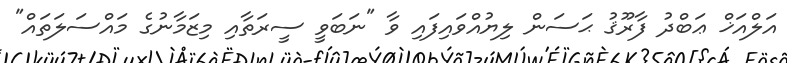
އަލްއަޚް ޢަބްދު ފާރޫޤު ޙަސަން ލިޔުއްވައިފައި ވާ "ނަބަވީ ސީރަތާއި މިޒަމާނުގެ މައްސަލަތައް"